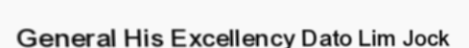
General His Excellency Dato Lim Jock